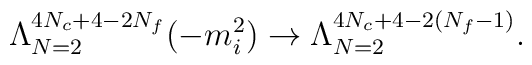
\Lambda^{4N_c+4-2N_f}_{N=2}(-m_i^2)\rightarrow \Lambda^{4N_c+4-2(N_f-1)}_{N=2}.